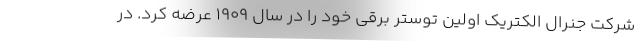
شرکت جنرال الکتریک اولین توستر برقی خود را در سال ۱۹۰۹ عرضه کرد. در